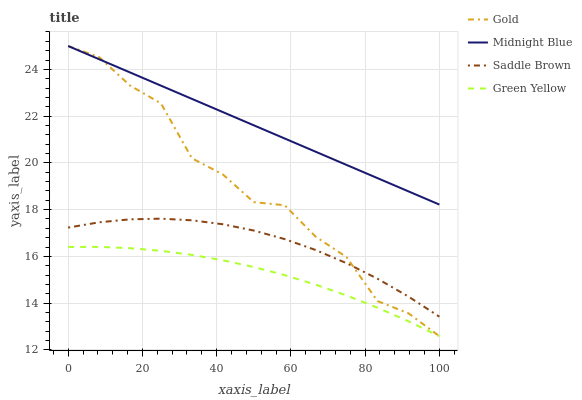
| xaxis_label | Gold | Midnight Blue | Saddle Brown | Green Yellow |
 | --- | --- | --- | --- | --- |
 | 0 | 25 | 25 | 17.2 | 16.4 |
 | 8.33 | 24.5 | 24.4 | 17.5 | 16.4 |
 | 16.7 | 23.3 | 23.9 | 17.6 | 16.4 |
 | 25 | 22.5 | 23.3 | 17.6 | 16.2 |
 | 33.3 | 20.2 | 22.7 | 17.5 | 16.1 |
 | 41.7 | 19.5 | 22.2 | 17.4 | 15.8 |
 | 50 | 18.3 | 21.6 | 17.1 | 15.5 |
 | 58.3 | 18.2 | 21 | 16.7 | 15.2 |
 | 66.7 | 16.8 | 20.5 | 16.3 | 14.8 |
 | 75 | 16 | 19.9 | 15.7 | 14.3 |
 | 83.3 | 14.1 | 19.3 | 15 | 13.8 |
 | 91.7 | 13.6 | 18.8 | 14.3 | 13.2 |
 | 100 | 12.6 | 18.2 | 13.4 | 12.6 |